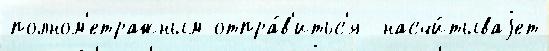
полном'етражным отпра́в'итьс'я  насчи́тываjет